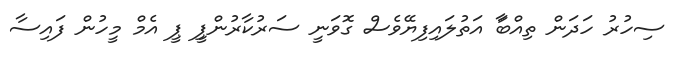
ސިހުރު ހަދަން ތިއްބަާ އަތުލައިފިޔޭވެސް ގޮވަނީ ސަރުކާރުންޕީި ޕީ އެމް މީހުން ފައިސާ